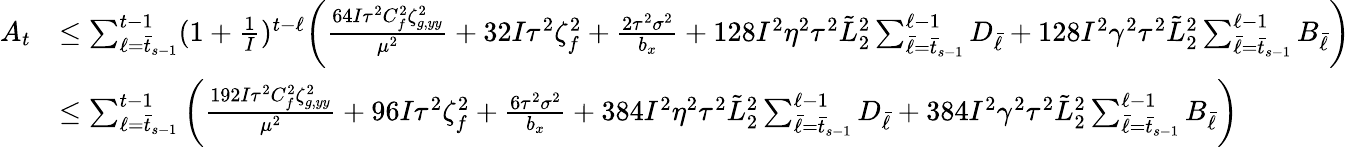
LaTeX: \begin{array}{rl}{A_{t}}&{\leq\sum_{\ell=\bar{t}_{s-1}}^{t-1}(1+\frac{1}{I})^{t-\ell}\bigg(\frac{64I\tau^{2}C_{f}^{2}\zeta_{g,yy}^{2}}{\mu^{2}}+32I\tau^{2}\zeta_{f}^{2}+\frac{2\tau^{2}\sigma^{2}}{b_{x}}+128I^{2}\eta^{2}\tau^{2}\tilde{L}_{2}^{2}\sum_{\bar{\ell}=\bar{t}_{s-1}}^{\ell-1}D_{\bar{\ell}}+128I^{2}\gamma^{2}\tau^{2}\tilde{L}_{2}^{2}\sum_{\bar{\ell}=\bar{t}_{s-1}}^{\ell-1}B_{\bar{\ell}}\bigg)}\\ &{\leq\sum_{\ell=\bar{t}_{s-1}}^{t-1}\bigg(\frac{192I\tau^{2}C_{f}^{2}\zeta_{g,yy}^{2}}{\mu^{2}}+96I\tau^{2}\zeta_{f}^{2}+\frac{6\tau^{2}\sigma^{2}}{b_{x}}+384I^{2}\eta^{2}\tau^{2}\tilde{L}_{2}^{2}\sum_{\bar{\ell}=\bar{t}_{s-1}}^{\ell-1}D_{\bar{\ell}}+384I^{2}\gamma^{2}\tau^{2}\tilde{L}_{2}^{2}\sum_{\bar{\ell}=\bar{t}_{s-1}}^{\ell-1}B_{\bar{\ell}}\bigg)}\end{array}